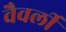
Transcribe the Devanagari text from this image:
वैवर्ली